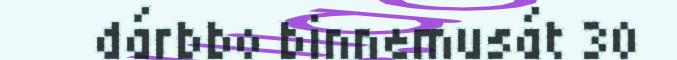
dárbbo binnemusát 30